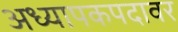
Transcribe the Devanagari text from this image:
अध्यापकपदावर